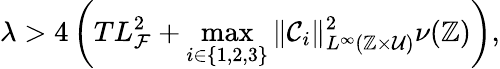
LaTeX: \lambda>4\left(TL_{\mathcal{F}}^{2}+\operatorname*{max}_{i\in\{ 1,2,3\} }\Vert\mathcal{C}_{i}\Vert_{L^{\infty}(\mathbb{Z}\times\mathcal{U})}^{2}\nu(\mathbb{Z})\right),